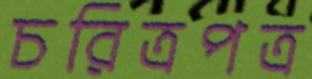
চরিত্রপত্র